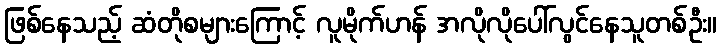
ဖြစ်နေသည့် ဆံတိုစများကြောင့် လူမိုက်ဟန် အလိုလိုပေါ်လွင်နေသူတစ်ဦး။